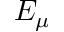
E _ { \mu }